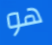
هو